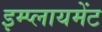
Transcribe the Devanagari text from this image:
इम्प्लायमेंट